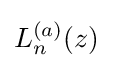
L_{n}^{(a)}(z)